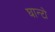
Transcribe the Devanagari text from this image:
घान्टो